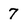
Character: 7